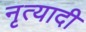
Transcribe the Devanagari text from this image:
नृत्यादी